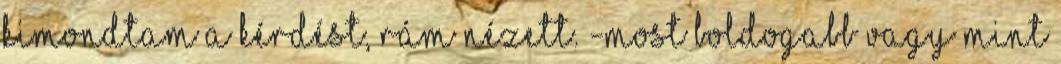
kimondtam a kérdést, rám nézett. -Most boldogabb vagy mint